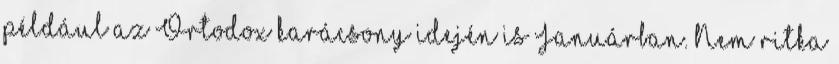
például az Ortodox karácsony idején is Januárban. Nem ritka